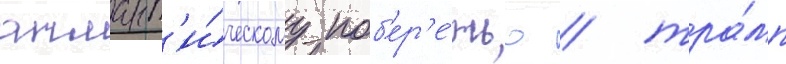
атлант'и́ческому поб'ер'е́жью / тра́мп